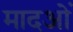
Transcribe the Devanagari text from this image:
मादओं